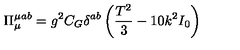
\Pi _ { \mu } ^ { \mu a b } = g ^ { 2 } C _ { G } \delta ^ { a b } \left( \frac { T ^ { 2 } } { 3 } - 1 0 k ^ { 2 } I _ { 0 } \right)